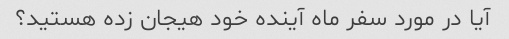
آیا در مورد سفر ماه آینده خود هیجان زده هستید؟